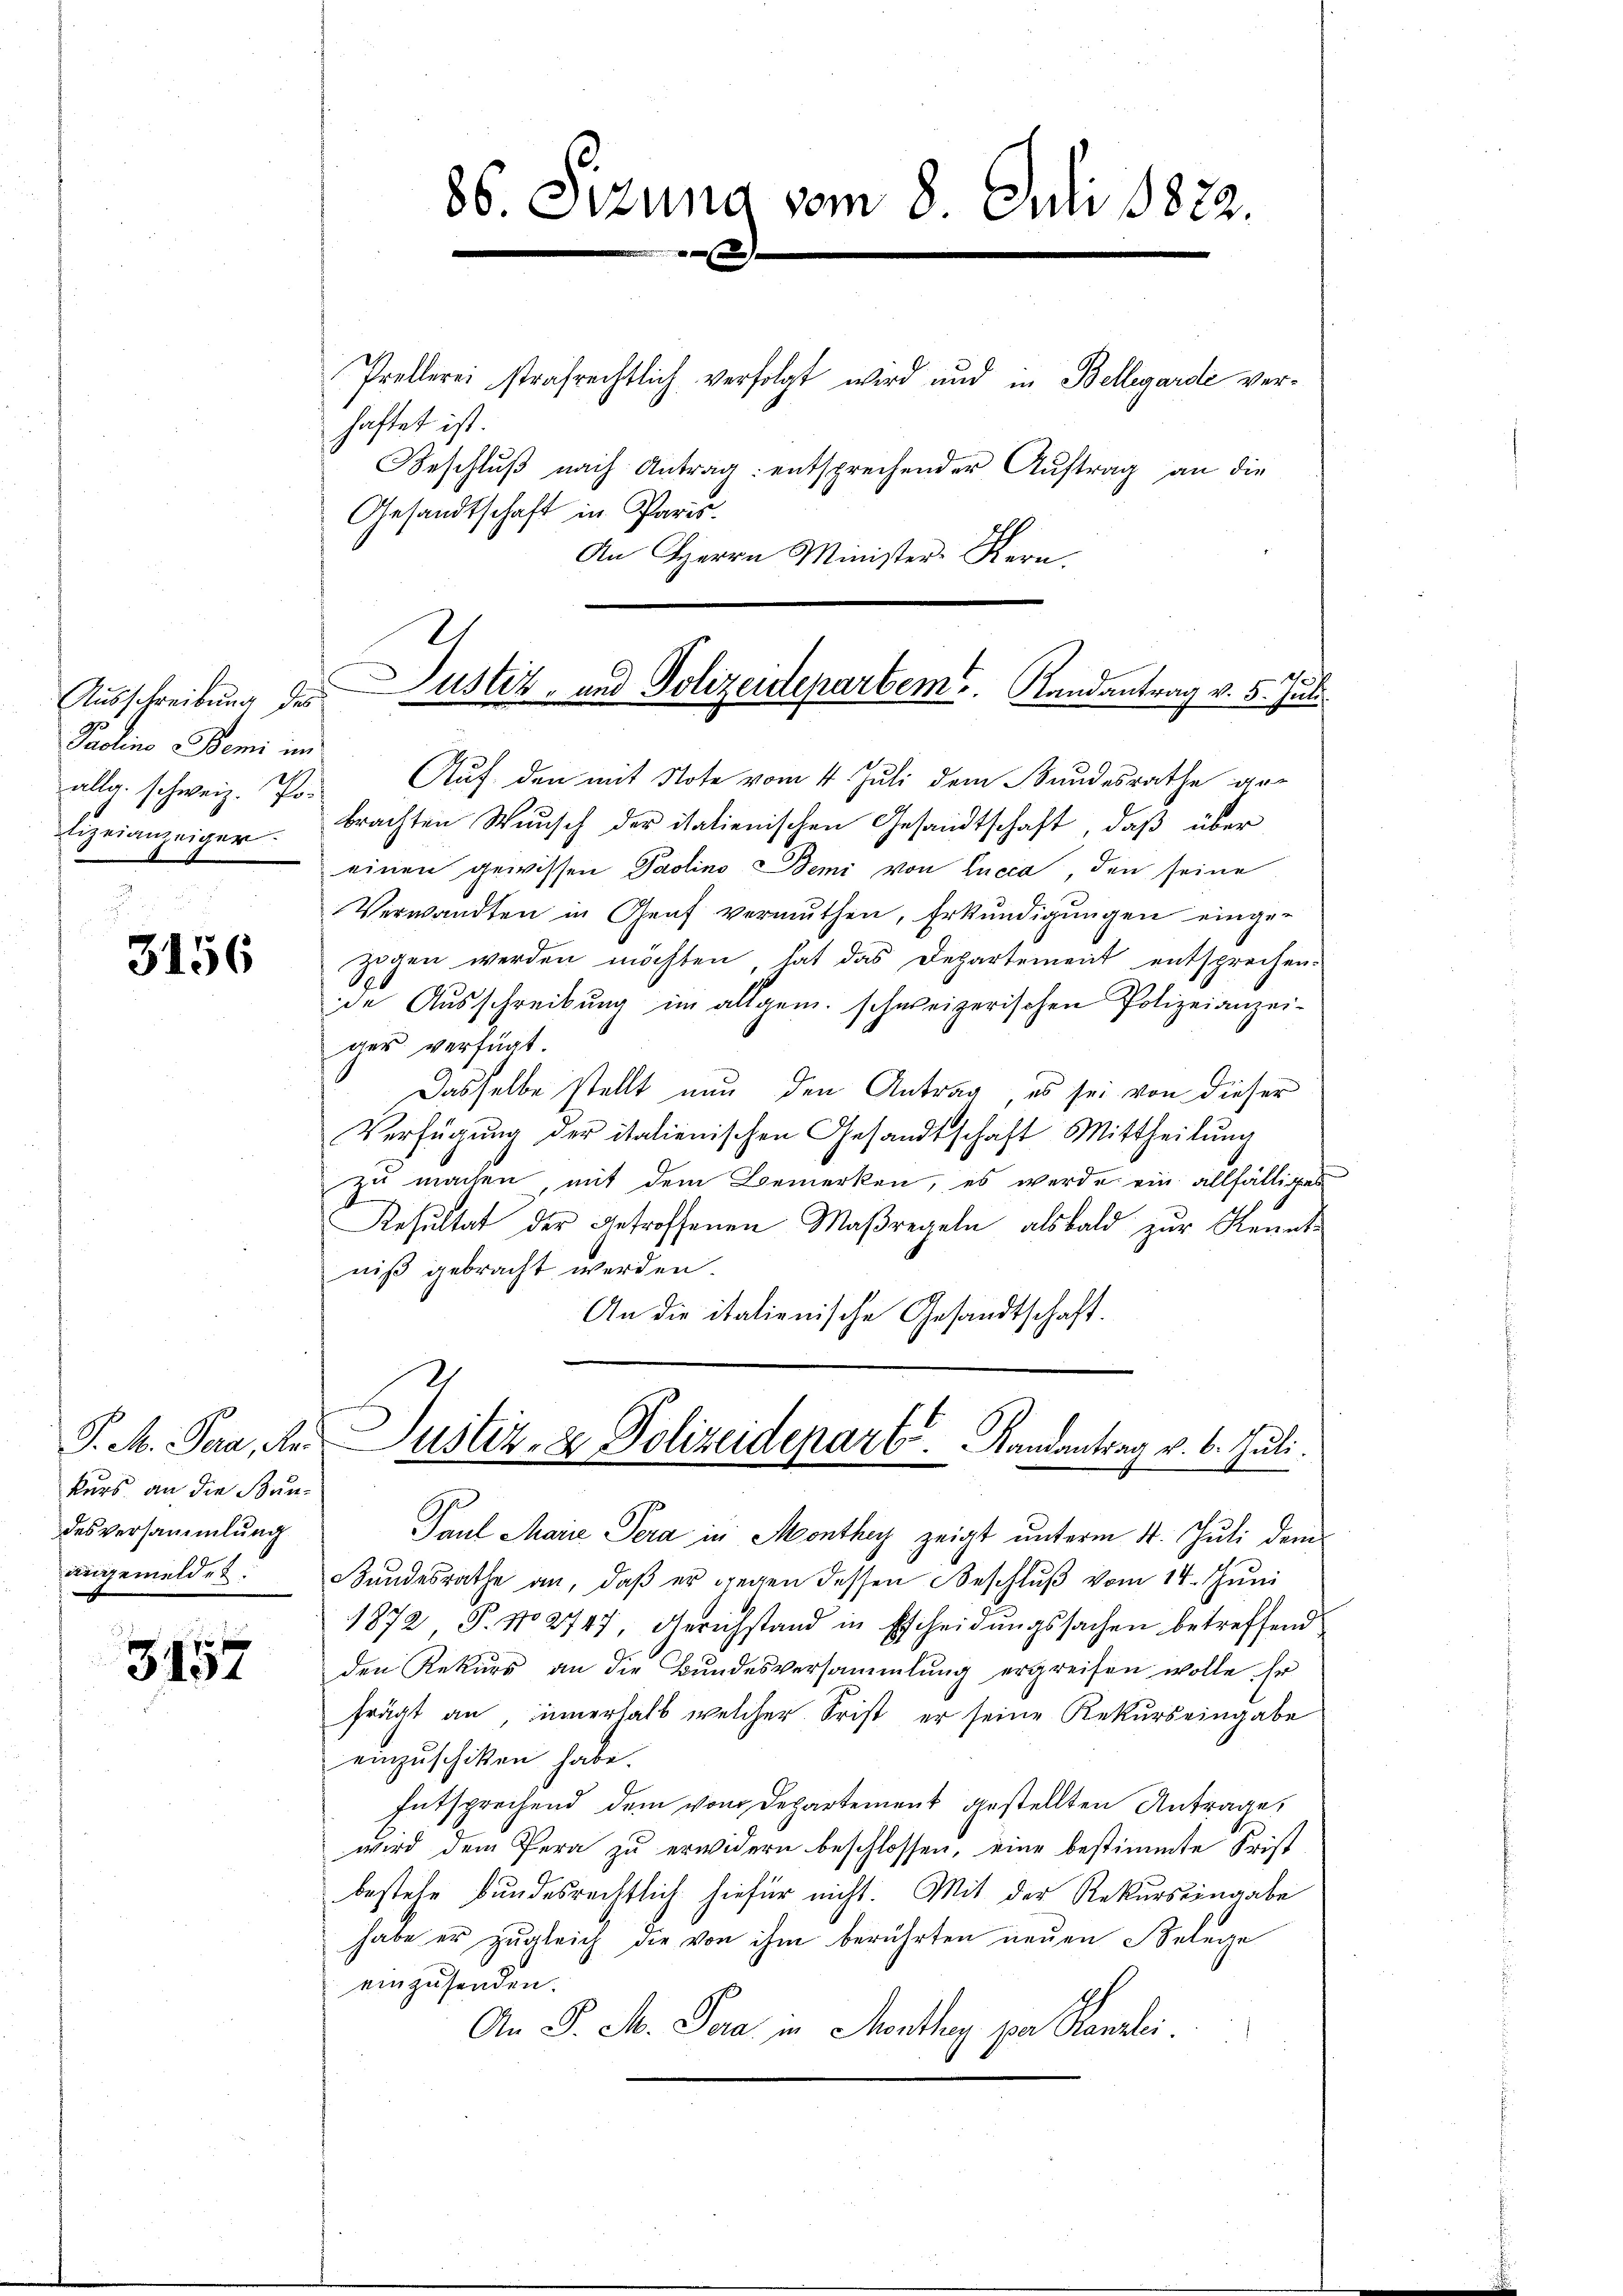
Paolino Pemi im
lizeianzeiger.

3156

haftet ist.
Gesandtschaft in Paris.
An Herrn Minister-Kern.
allg. schweiz. Pr. Auf den mit Note vom 4. Juli dem Bundesrathe ge-
brachten Wunsch der italienischen Gesandtschaft, daß über
einen gewissen Paolino Bemi von Lucca, den seine
Verwandten in Genf vermuthen, Erkŭndigŭngen einge-
zogen werden möchten, hat das Departement entsprechen.
de Ausschreibung im allgem. schweizerischen Polizeianzeiger verfügt.
Dasselbe stellt nun den Antrag, es sei von dieser
Verfügŭng der italienischen Gesandtschaft Mittheilŭng
zu machen, mit dem Bemerken, es werde ein allfälliges
Resultat der getroffenen Maßregeln alsbald zur Kenntniß gebracht werden.
An die italienische Gesandtschaft.
P. M. Para, der Justiz- & Polizeidepart. Randantrag v. 6. Juli.
Paul Marie Pera in Monthes zeigt unterm 4. Juli dem
Bandesrathe an, daß er gegen dessen Beschlŭβ vom 14. Juni
1872, P. No 2747, Gerichstand in Escheidungssachen betreffend
den Rekurs an die Bundesversammlung ergreifen wolle. Er
frägt an, innerhalb welcher Frist er seine Rekurs eingabe
einzuschiken habe.
Entsprechend dem vom Departement gestellten Antrage,
wird dem Pera zu erwidern beschlossen, eine bestimmte Frist
bestehe bundesrechtlich hiefür nicht. Mit der Rekurs eingabe
habe er zugleich die von ihm berührten neuen Belege
einzusenden.
An P. M. Par in Monthey par Kanzlei
1

kurs an die Baudesversammlung
angemeldet.

e
343.

86. Sitzung vom 8. Juli 1822.

Prellerei strafrechtlich verfolgt wird und in Bellegarde ver¬
Beschluß nach Antrag: entsprechender Auftrag an die

Ausschreibung des Justiz- und Polizeidepartem Randantrag v. 5. Juli.